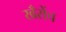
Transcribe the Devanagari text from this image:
खँरोंच